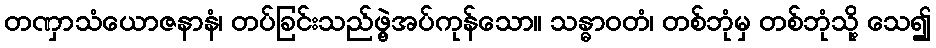
တဏှာသံယောဇနာနံ၊ တပ်ခြင်းသည်ဖွဲ့အပ်ကုန်သော။ သန္ဓာဝတံ၊ တစ်ဘုံမှ တစ်ဘုံသို့ သေ၍